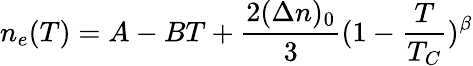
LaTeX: {n_{e}}(T)=A-BT+\frac{2(\Delta{n})_{0}}{3}(1-\frac{T}{T_{C}})^{\beta}